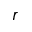
r